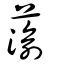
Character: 蕍